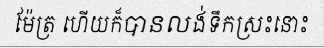
ម៉ែត្រ ហើយក៏បានលង់ទឹកស្រះនោះ